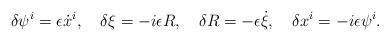
LaTeX: \begin{align*}\delta \psi ^{i}=\epsilon \dot{x}^{i},\quad \delta \xi =-i\epsilon R,\quad\delta R=-\epsilon \dot{\xi },\quad \delta x^{i}=-i\epsilon \psi ^{i}.\end{align*}